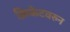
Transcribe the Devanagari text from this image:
क्रिकेटवरुन